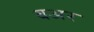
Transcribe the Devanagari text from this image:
बअर